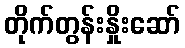
တိုက်တွန်းနှိုးဆော်